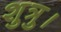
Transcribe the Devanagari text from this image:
शुत्रु।